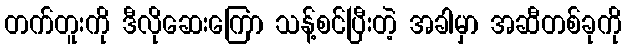
တက်တူးကို ဒီလိုဆေးကြော သန့်စင်ပြီးတဲ့ အခါမှာ အဆီတစ်ခုကို